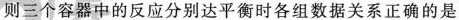
则三个容器中的反应分别达平衡时各组数据关系正确的是